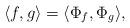
LaTeX: \begin{align*} \langle f, g \rangle = \langle \Phi_f, \Phi_g \rangle,\end{align*}